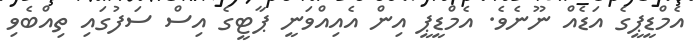
އެމްޑީޕީގެ އަޑެއް ނޫނެވެ. އެމްޑީޕީ އިން އެއިއްވަނީ ޕާޓީގެ އިސް ސަފުގައި ތިއްބެވި